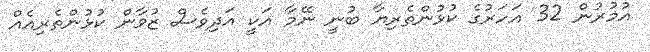
އުމުރުން 32 އަހަރުގެ ކުޅުންތެރިޔާ ބުނީ ނޭމާ އަކީ އަދިވެސް ޒުވާން ކުޅުންތެރިއެއް